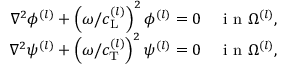
\begin{array} { r } { \nabla ^ { 2 } \phi ^ { ( l ) } + \left( { \omega / c _ { \mathrm { L } } ^ { ( l ) } } \right) ^ { 2 } \phi ^ { ( l ) } = 0 \quad \mathrm { ~ i ~ n ~ } \Omega ^ { ( l ) } , } \\ { \nabla ^ { 2 } \psi ^ { ( l ) } + \left( { \omega / c _ { \mathrm { T } } ^ { ( l ) } } \right) ^ { 2 } \psi ^ { ( l ) } = 0 \quad \mathrm { ~ i ~ n ~ } \Omega ^ { ( l ) } , } \end{array}